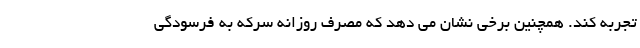
تجربه کند. همچنین برخی نشان می دهد که مصرف روزانه سرکه به فرسودگی